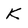
Character: K